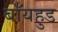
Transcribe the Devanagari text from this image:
बॉयहुड